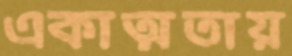
একাত্মতায়